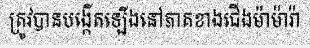
ត្រូវបានបង្កើតឡើងនៅភាគខាងជើងម៉ាម៉ារ៉ា